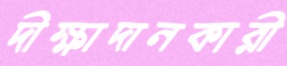
দীক্ষাদানকারী